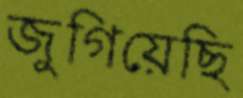
জুগিয়েছি